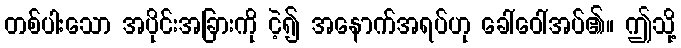
တစ်ပါးသော အပိုင်းအခြားကို ငဲ့၍ အနောက်အရပ်ဟု ခေါ်ဝေါ်အပ်၏။ ဤသို့